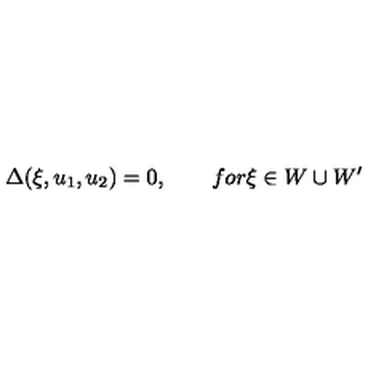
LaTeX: \Delta ( \xi , u _ { 1 } , u _ { 2 } ) = 0 , \qquad f o r \xi \in W \cup W ^ { \prime }